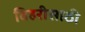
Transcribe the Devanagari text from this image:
विहरीसाठी